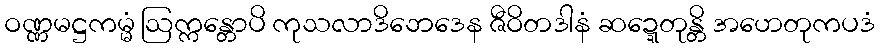
ဝဏ္ဏမဋ္ဌကမ္မံ ဩက္ကန္တောပိ ကုသလာဒိဘေဒေန ဇီဝိတဒါနံ ဆဍ္ဍေတုန္တိ အဟေတုကပဒံ